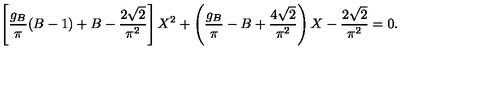
\left[ { \frac { g _ { B } } { \pi } } ( B - 1 ) + B - { \frac { 2 \sqrt { 2 } } { \pi ^ { 2 } } } \right] X ^ { 2 } + \left( { \frac { g _ { B } } { \pi } } - B + { \frac { 4 \sqrt { 2 } } { \pi ^ { 2 } } } \right) X - { \frac { 2 \sqrt { 2 } } { \pi ^ { 2 } } } = 0 .